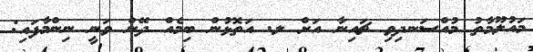
މައުލޫމާތު މުއްސަނދިވި ޗައިނާ އަށް ލ. އަތޮޅުން ބިމެއް ދޭން ވަނީ ނިންމާފައި: